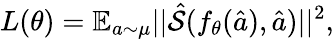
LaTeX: L(\theta)=\mathbb{E}_{a\sim\mu}||\hat{\mathcal{S}}(f_{\theta}(\hat{a}),\hat{a})||^{2},